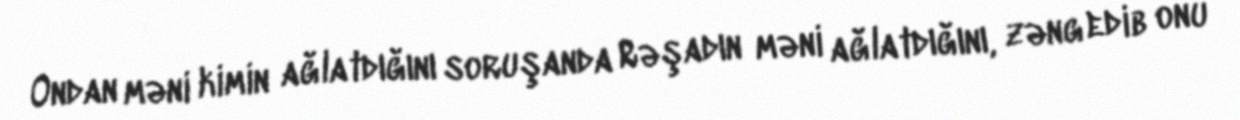
Ondan məni kimin ağlatdığını soruşanda Rəşadın məni ağlatdığını, zəng edib onu